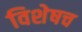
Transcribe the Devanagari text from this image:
विशेषच